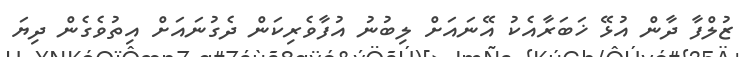
ޒުލްފާ ދާން އުޅޭ ޚަބަރާއެކު އޭނައަށް ލިބުނު އުފާވެރިކަން ދެގުނައަށް އިތުވެގެން ދިޔަ